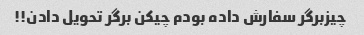
چیزبرگر سفارش داده بودم چیکن برگر تحویل دادن!!